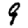
Digit: 9